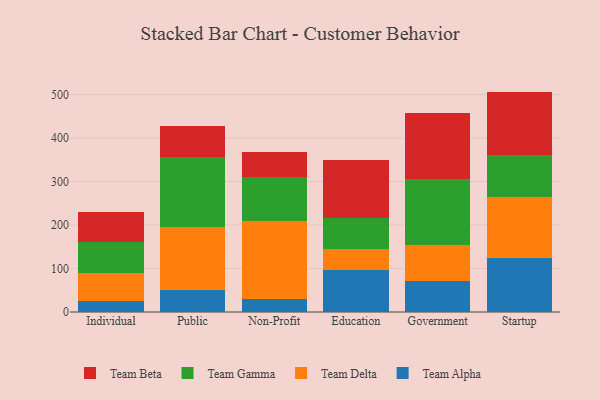
{"axis": {"x": "Segment", "y": "Page Views"}, "legend": ["Team Alpha", "Team Beta", "Team Delta", "Team Gamma"], "data": [{"x": "Individual", "y": 26.4, "type": "Team Alpha"}, {"x": "Individual", "y": 63.2, "type": "Team Delta"}, {"x": "Individual", "y": 72.2, "type": "Team Gamma"}, {"x": "Individual", "y": 67.7, "type": "Team Beta"}, {"x": "Public", "y": 50.1, "type": "Team Alpha"}, {"x": "Public", "y": 144.5, "type": "Team Delta"}, {"x": "Public", "y": 162.9, "type": "Team Gamma"}, {"x": "Public", "y": 70.8, "type": "Team Beta"}, {"x": "Non-Profit", "y": 31.0, "type": "Team Alpha"}, {"x": "Non-Profit", "y": 177.9, "type": "Team Delta"}, {"x": "Non-Profit", "y": 100.6, "type": "Team Gamma"}, {"x": "Non-Profit", "y": 58.2, "type": "Team Beta"}, {"x": "Education", "y": 96.8, "type": "Team Alpha"}, {"x": "Education", "y": 48.6, "type": "Team Delta"}, {"x": "Education", "y": 71.9, "type": "Team Gamma"}, {"x": "Education", "y": 131.2, "type": "Team Beta"}, {"x": "Government", "y": 70.7, "type": "Team Alpha"}, {"x": "Government", "y": 83.6, "type": "Team Delta"}, {"x": "Government", "y": 152.6, "type": "Team Gamma"}, {"x": "Government", "y": 150.2, "type": "Team Beta"}, {"x": "Startup", "y": 123.9, "type": "Team Alpha"}, {"x": "Startup", "y": 141.3, "type": "Team Delta"}, {"x": "Startup", "y": 96.2, "type": "Team Gamma"}, {"x": "Startup", "y": 145.5, "type": "Team Beta"}]}